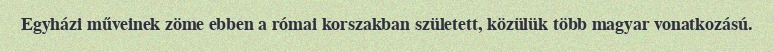
Egyházi műveinek zöme ebben a római korszakban született, közülük több magyar vonatkozású.